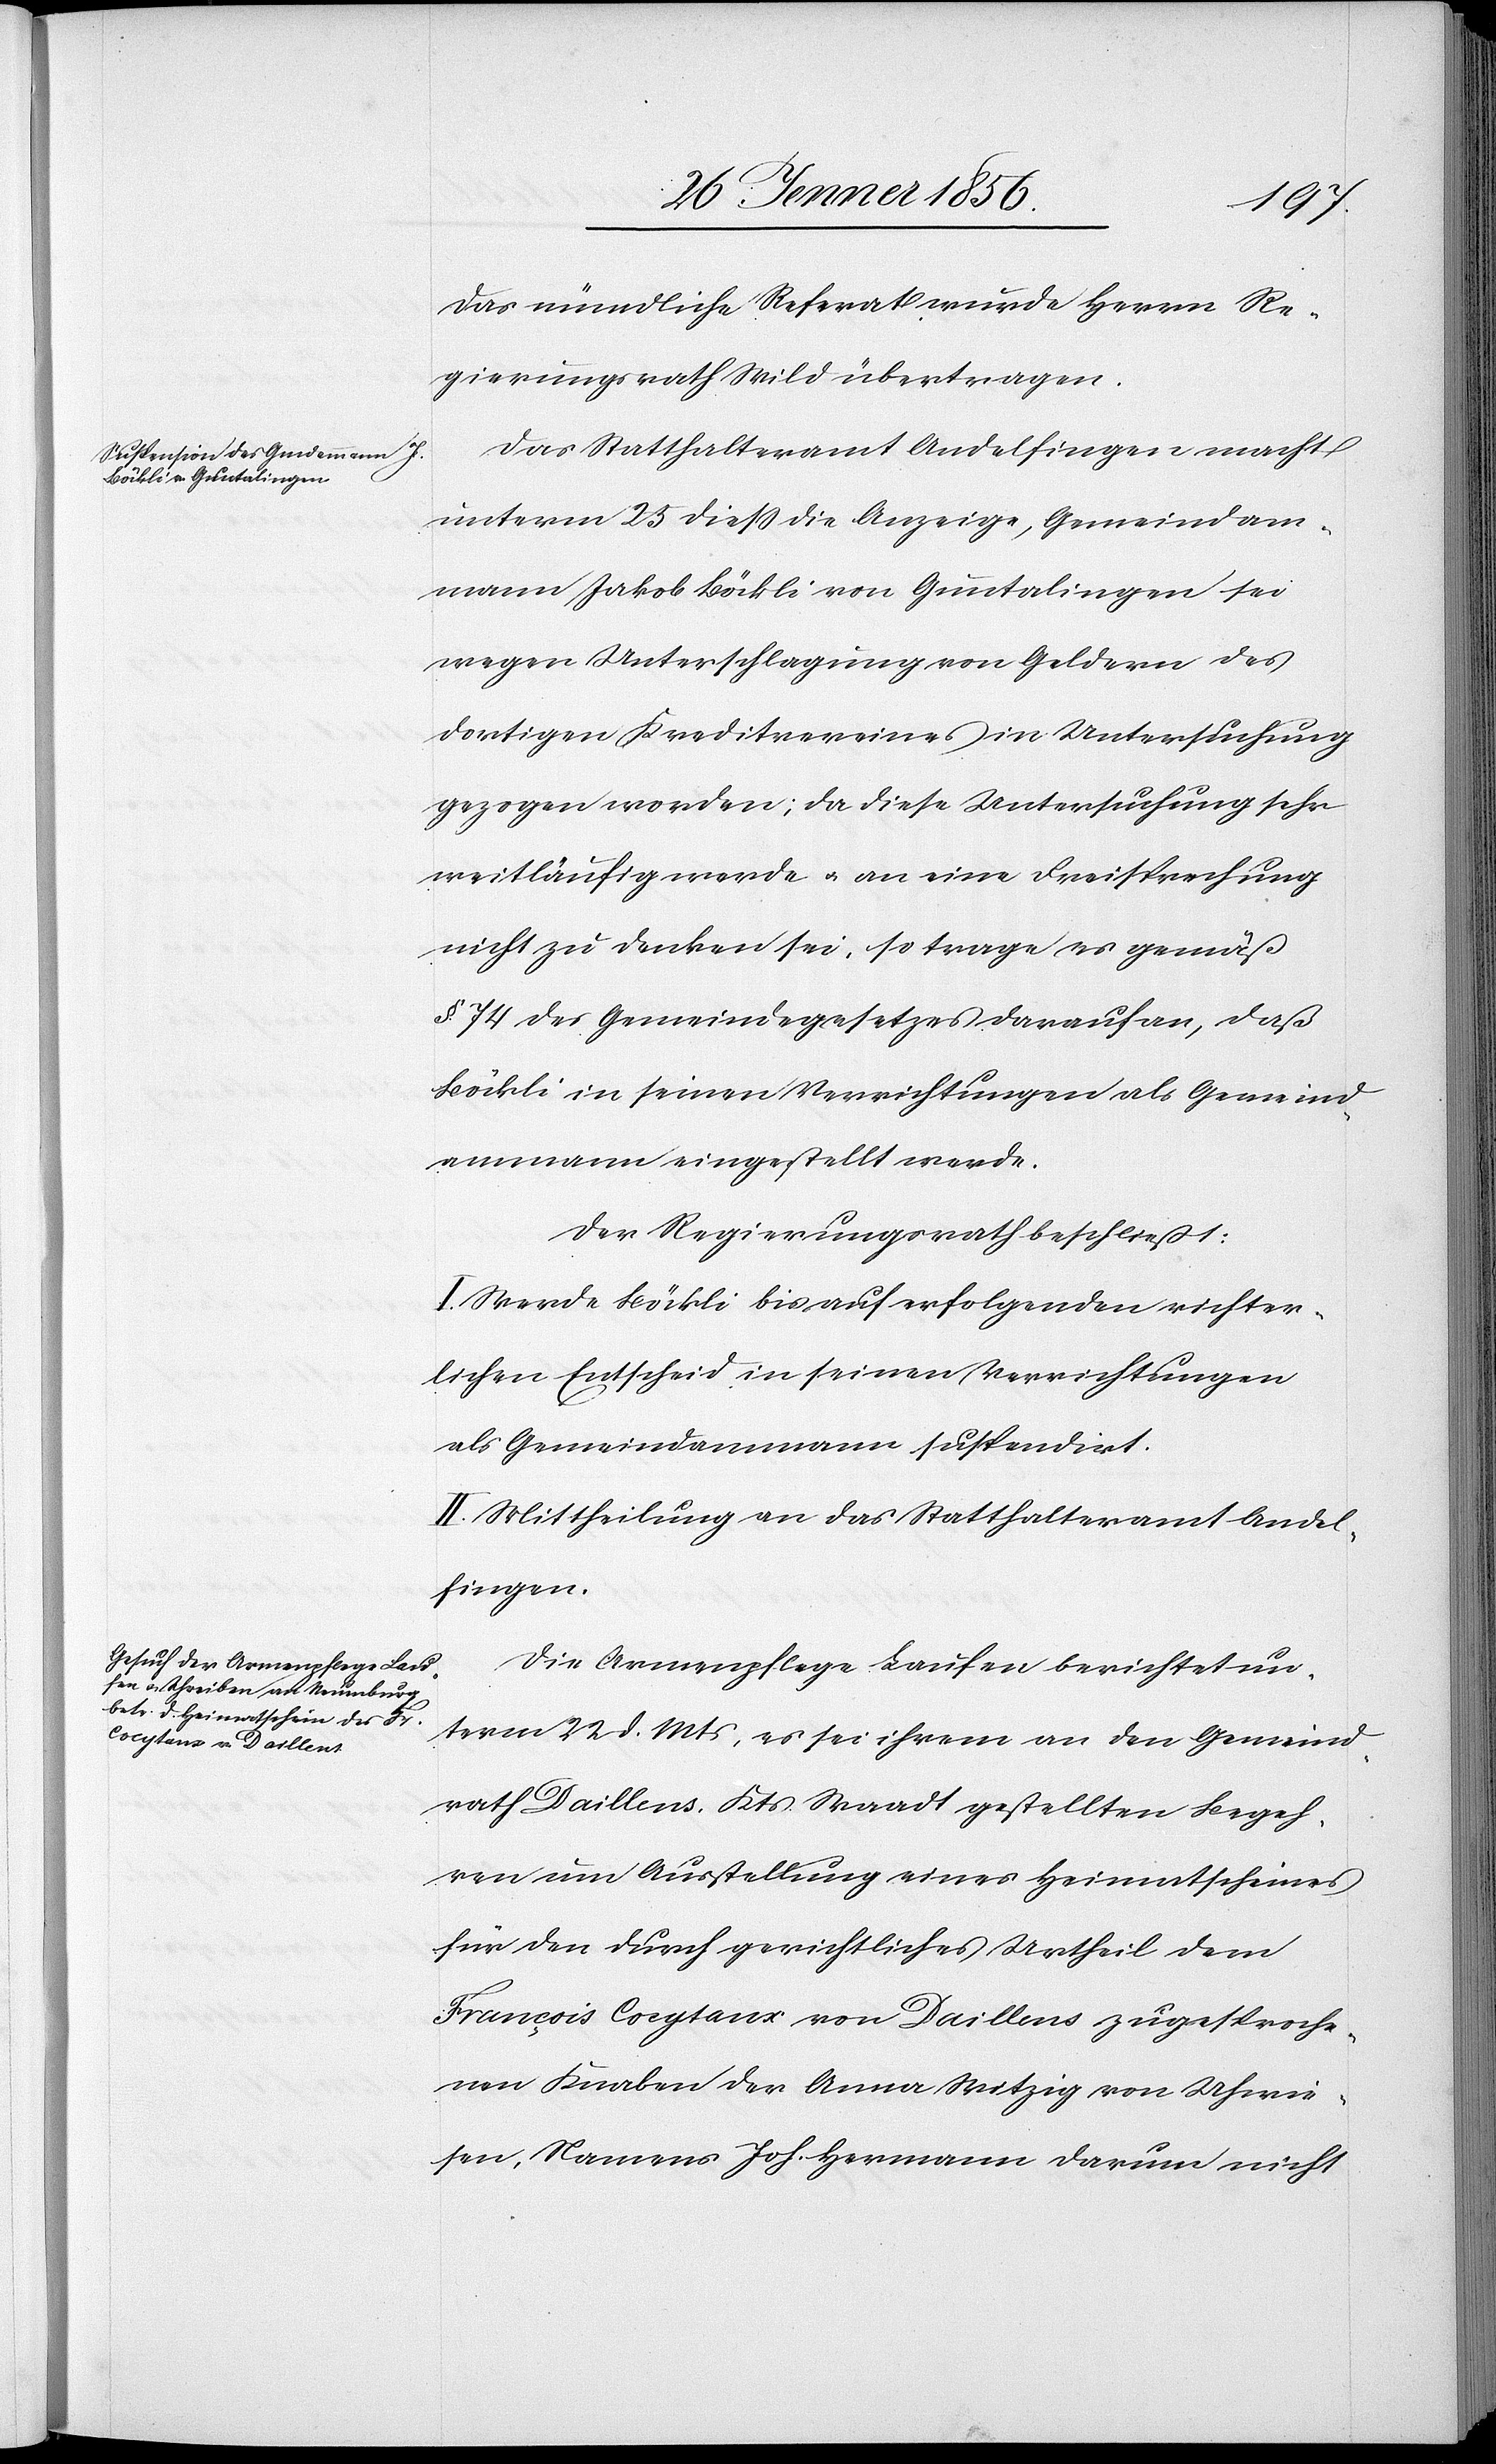
Das mündliche Referat wurde Herrn Re¬
gierungsrath Wild übertragen.
Das Statthalteramt Andelfingen macht
unterm 25 dieß die Anzeige, Gemeindam¬
mann Jakob Böckli von Guntalingen sei
wegen Unterschlagung von Geldern des
dortigen Kreditvereines in Untersuchung
gezogen worden; da diese Untersuchung sehr
weitläufig werde u. an eine Freisprechung
nicht zu denken sei, so trage es gemäß
§ 74 des Gemeindegesetzes darauf an, daß
Böckli in seinen Verrichtungen als Gemeind¬
ammann eingestellt werde.
Der Regierungsrath beschließt:
I. Werde Böckli bis auf erfolgenden richter¬
lichen Entscheid in seinen Verrichtungen
als Gemeindammann suspendirt.
II. Mittheilung an das Statthalteramt Andel¬
fingen.
Die Armenpflege Laufen berichtet un¬
term 22 d. Mts, es sei ihrem an den Gemeind¬
rath Daillens, Kts. Waadt gestellten Begeh¬
ren um Ausstellung eines Heimatscheines
für den durch gerichtliches Urtheil dem
François Coeytaux von Daillens zugesproche¬
nen Knaben der Anna Witzig von Uhwie¬
sen, Namens Joh. Hermann darum nicht